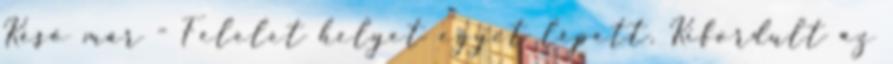
Késő már - Felelet helyet egyet lépett. Kifordult az